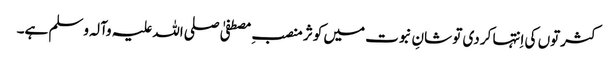
کثرتوں کی اِنتہا کر دی تو شانِ نبوت میں کوثر منصبِ مصطفیٰ صلی اللہ علیہ وآلہ وسلم ہے۔